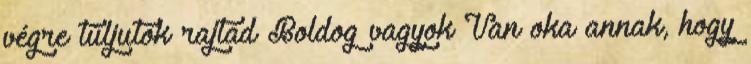
végre túljutok rajtad Boldog vagyok Van oka annak, hogy